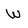
Character: W